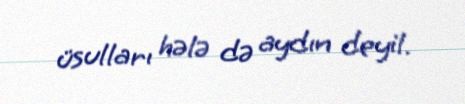
üsulları hələ də aydın deyil.